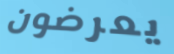
يعرضون